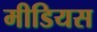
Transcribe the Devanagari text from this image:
मीडियस